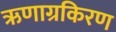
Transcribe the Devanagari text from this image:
ऋणाग्रकिरण